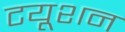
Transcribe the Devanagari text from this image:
टयूशन